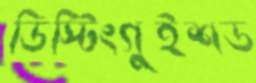
ডিস্টিংগুইশড